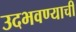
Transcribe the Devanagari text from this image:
उदभवण्याची